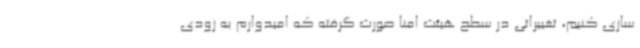
سازی کنیم، تغییراتی در سطح هیئت امنا صورت گرفته که امیدوارم به زودی